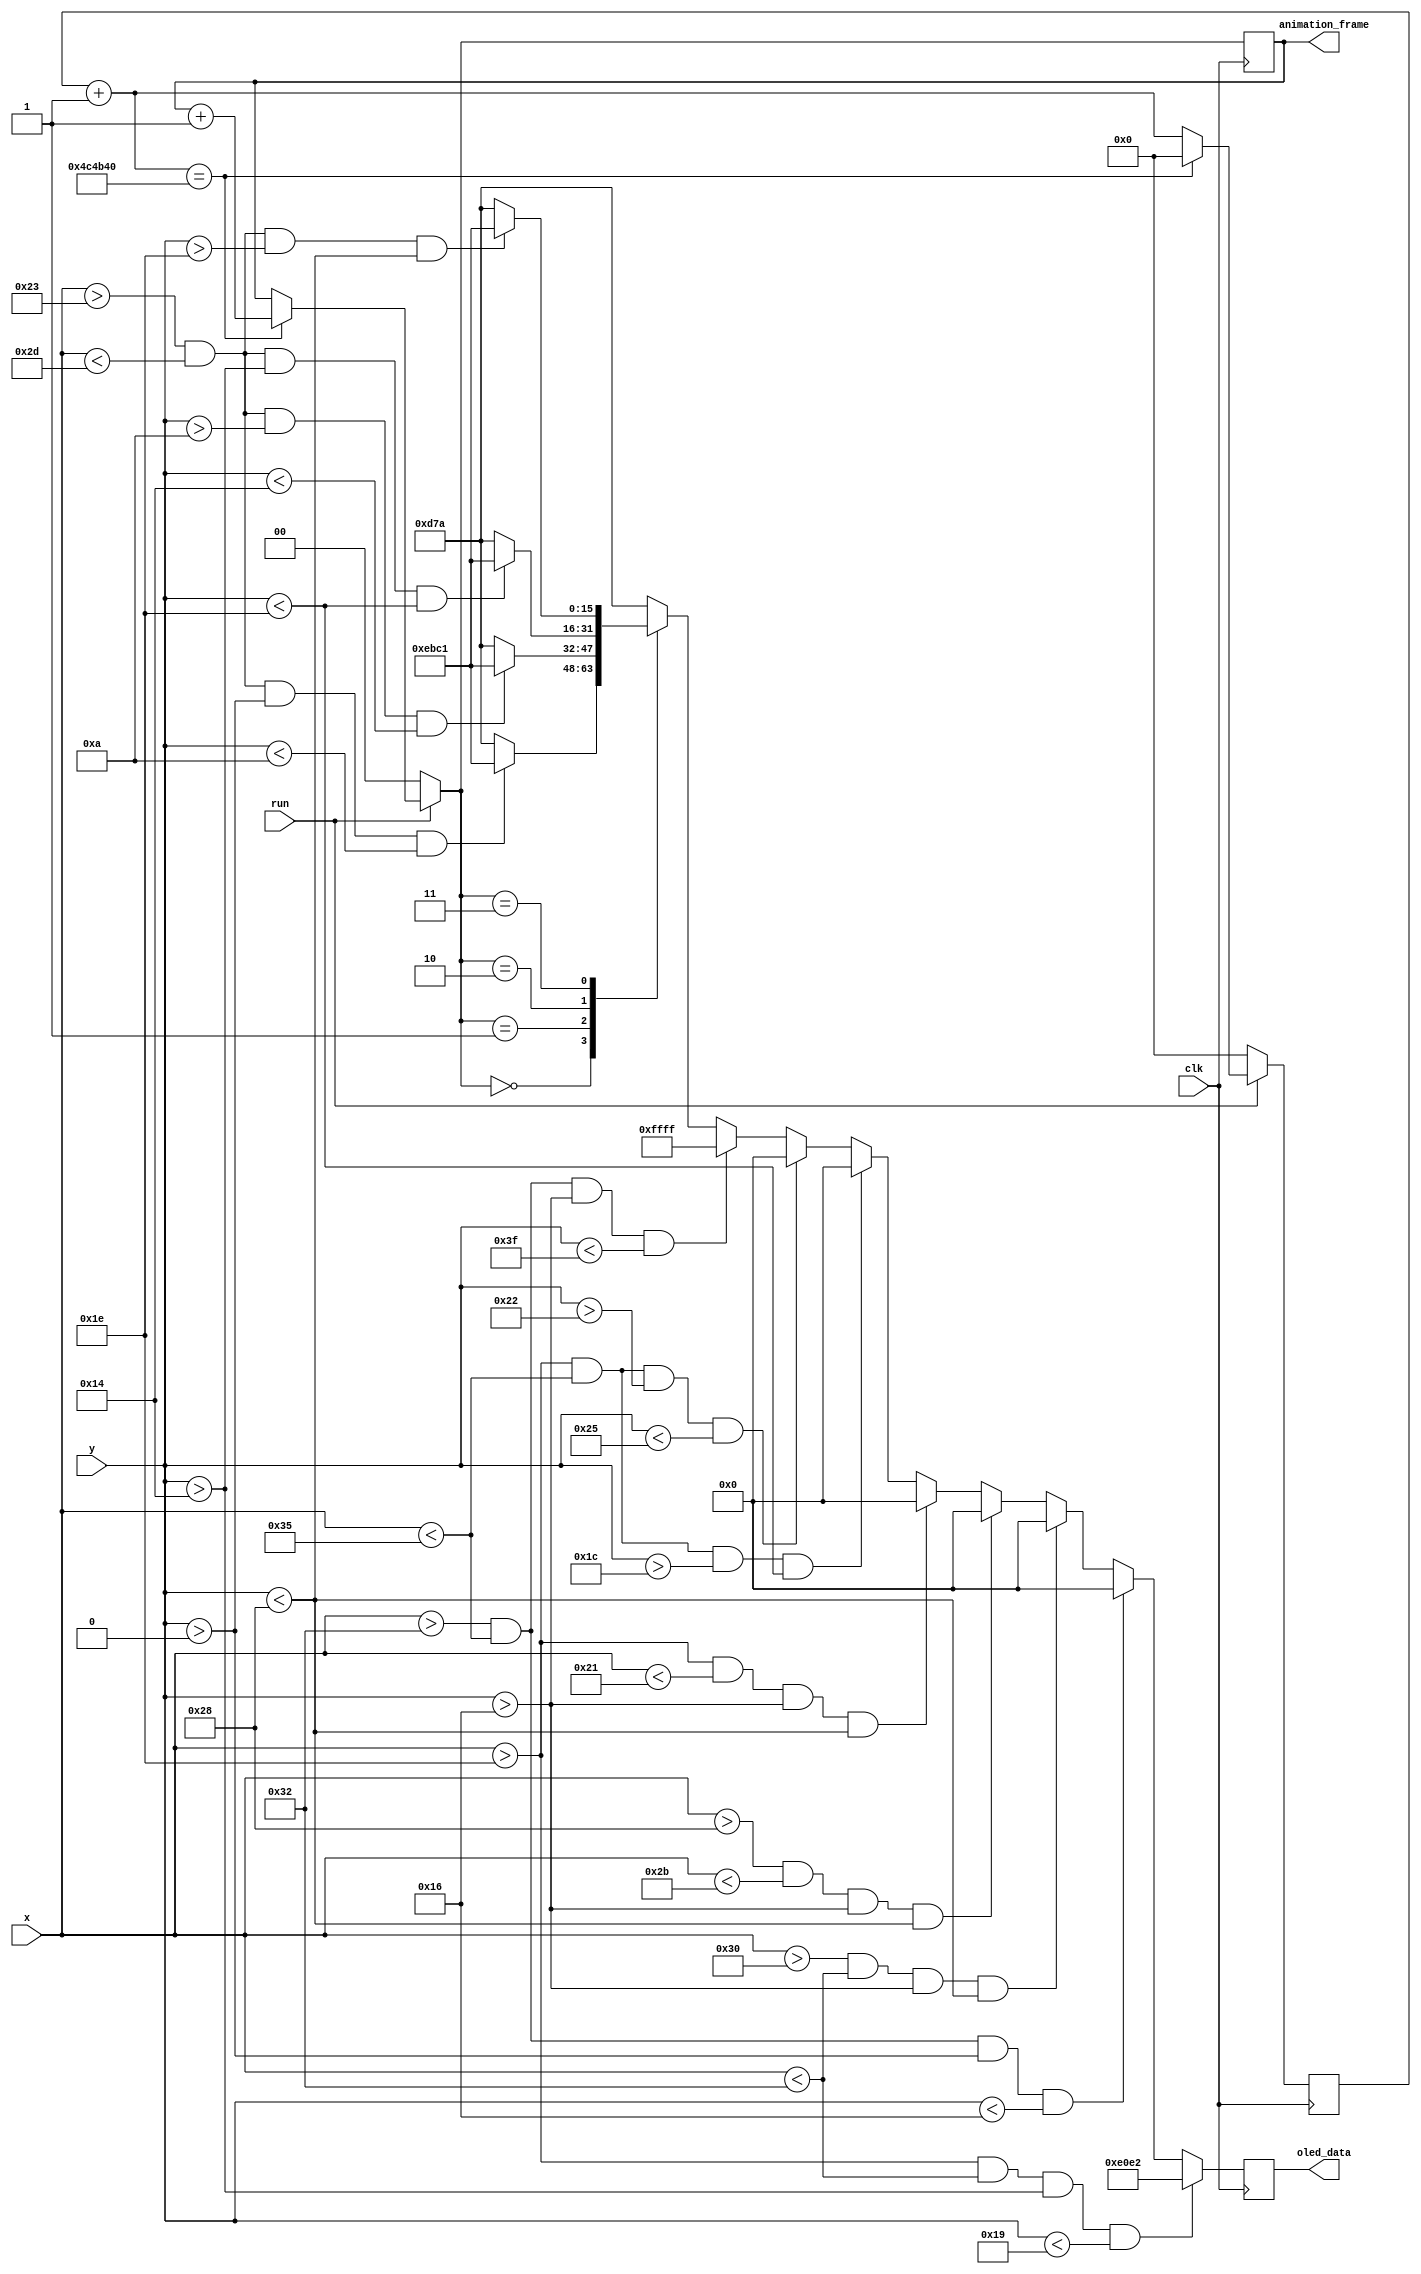
`timescale 1ns / 1ps
//////////////////////////////////////////////////////////////////////////////////
// Company: 
// Engineer: 
// 
// Design Name: 
// Module Name: dunk_animation
// Project Name: 
// Target Devices: 
// Tool Versions: 
// Description: 
// 
// Dependencies: 
// 
// Revision:
// Revision 0.01 - File Created
// Additional Comments:
// 
//////////////////////////////////////////////////////////////////////////////////


module dunk_animation(
    input [63:0] x,
    input [63:0] y,
    input clk,
    input run,
    output reg [15:0] oled_data,
    output reg [1:0] animation_frame = 0
    );
    
    localparam [15:0] orange = 16'b11101_011110_00001;
    localparam [15:0] black = 16'b00000_000000_00000;
    localparam [15:0] red = 16'b11100_000111_00010;
    localparam [15:0] blue = 16'b00001_101011_11010;
    localparam [15:0] white = 16'b11111_111111_11111;
    
    //reg [1:0] animation_frame = 0;
    
    reg [63:0] frame_rate_counter = 0;
    
    always @ (posedge clk) begin
        oled_data <= blue;
        
        // ball either entering or exiting the hoop
        
        if (run) begin
            frame_rate_counter = frame_rate_counter + 1;
        
            if (frame_rate_counter == 5_000_000) begin
                animation_frame <= animation_frame +1;
                frame_rate_counter = 0;
            end
        end
        else begin
            frame_rate_counter = 0;
            animation_frame = 0;
        end
        
        case (animation_frame)
            0: if (x>35 && x < 45 && y>0 && y <10) begin
                oled_data <= orange;
               end
            1: if (x >35 && x<45 && y >10 && y<20) begin
                oled_data <= orange;
               end 
            2: if (x >35 && x<45 && y>20 && y<30) begin
                oled_data <= orange;
               end 
            3: if (x > 35 && x<45 && y>30 && y<40) begin
                 oled_data <= orange;
               end
            default:if (x>35 && x < 45 && y>0 && y <10) begin
                oled_data <= orange;
               end
        endcase
        
        
        // hoop
        if (x > 30 && x <50 && y > 20 && y<25) begin
            oled_data <= red;
        end
        else if (x>50&& x<53 && y >0 && y <22) begin
            oled_data <= black;
        end
        else if ( x> 48 && x <50 && y >22 && y < 40) begin
            oled_data <= black;
        end
        else if ( x>40 && x < 43 && y >22 && y<40) begin
            oled_data <= black;
        end
        else if ( x>30 && x <33 && y>22 && y<40) begin
            oled_data <= black;
        end
        else if (x>30 && x <53 && y >28 && y<30) begin
            oled_data <= black;
        end
        else if (x>30 && x <53 && y>34 && y<37) begin
            oled_data <= black;
        end
        else if (x>50&& x<53 && y >22 && y <63)begin
            oled_data <= white;
        end
        
    end

endmodule